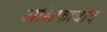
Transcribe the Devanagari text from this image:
असिफाबाद